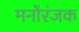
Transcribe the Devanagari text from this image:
मनोंरंजक